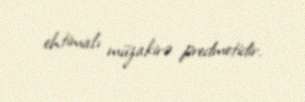
ehtimalı müzakirə predmetidir.